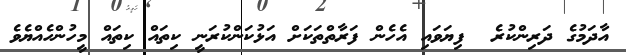
އާދަމުގެ ދަރިންކުރެ  ފިޔަވައި އެހެން ފަރާތްތަކަށް އަޅުކަންކުރަނީ ކިތައް ކިތައް މީހުންހެއްޔެވެ